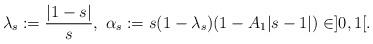
LaTeX: \begin{align*} \lambda_s: = \frac{|1-s|}{s}, \ \alpha_s := s(1-\lambda_s)(1-A_1|s-1|) \in ]0,1[. \end{align*}